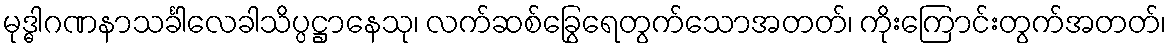
မုဒ္ဓါဂဏနာသင်္ခါလေခါသိပ္ပဋ္ဌာနေသု၊ လက်ဆစ်ခြွေရေတွက်သောအတတ်၊ ကိုးကြောင်းတွက်အတတ်၊